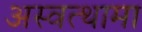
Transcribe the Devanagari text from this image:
अस्वत्थामा